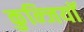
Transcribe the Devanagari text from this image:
कुन्जियाॅ